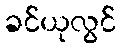
ခင်ယုလွင်